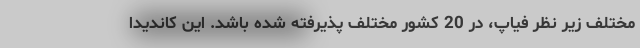
مختلف زیر نظر فیاپ، در 20 کشور مختلف پذیرفته شده باشد. این کاندیدا